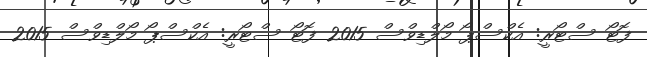
ފޮޓޯ ސްޓޯރީ: އެކްސްޕޯ މޯލްޑިވްސް 2015 ފޮޓޯ ސްޓޯރީ: އެކްސްޕޯ މޯލްޑިވްސް 2015